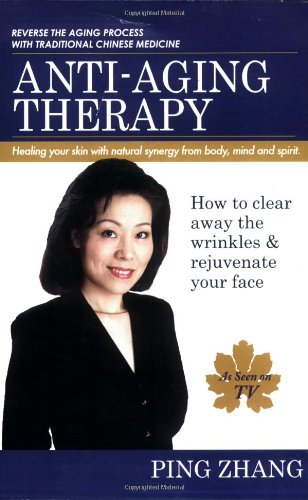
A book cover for Anti-Aging Therapy: How to Clear Away the Wrinkles and Rejuvenate Your Face; Ping Zhang; Health, Fitness & Dieting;